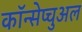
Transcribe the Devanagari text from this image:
कॉन्सेप्चुअल